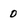
Character: 0